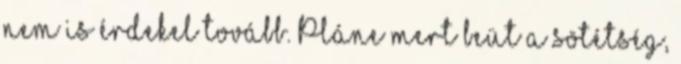
nem is érdekel tovább. Pláne mert beüt a sötétség,